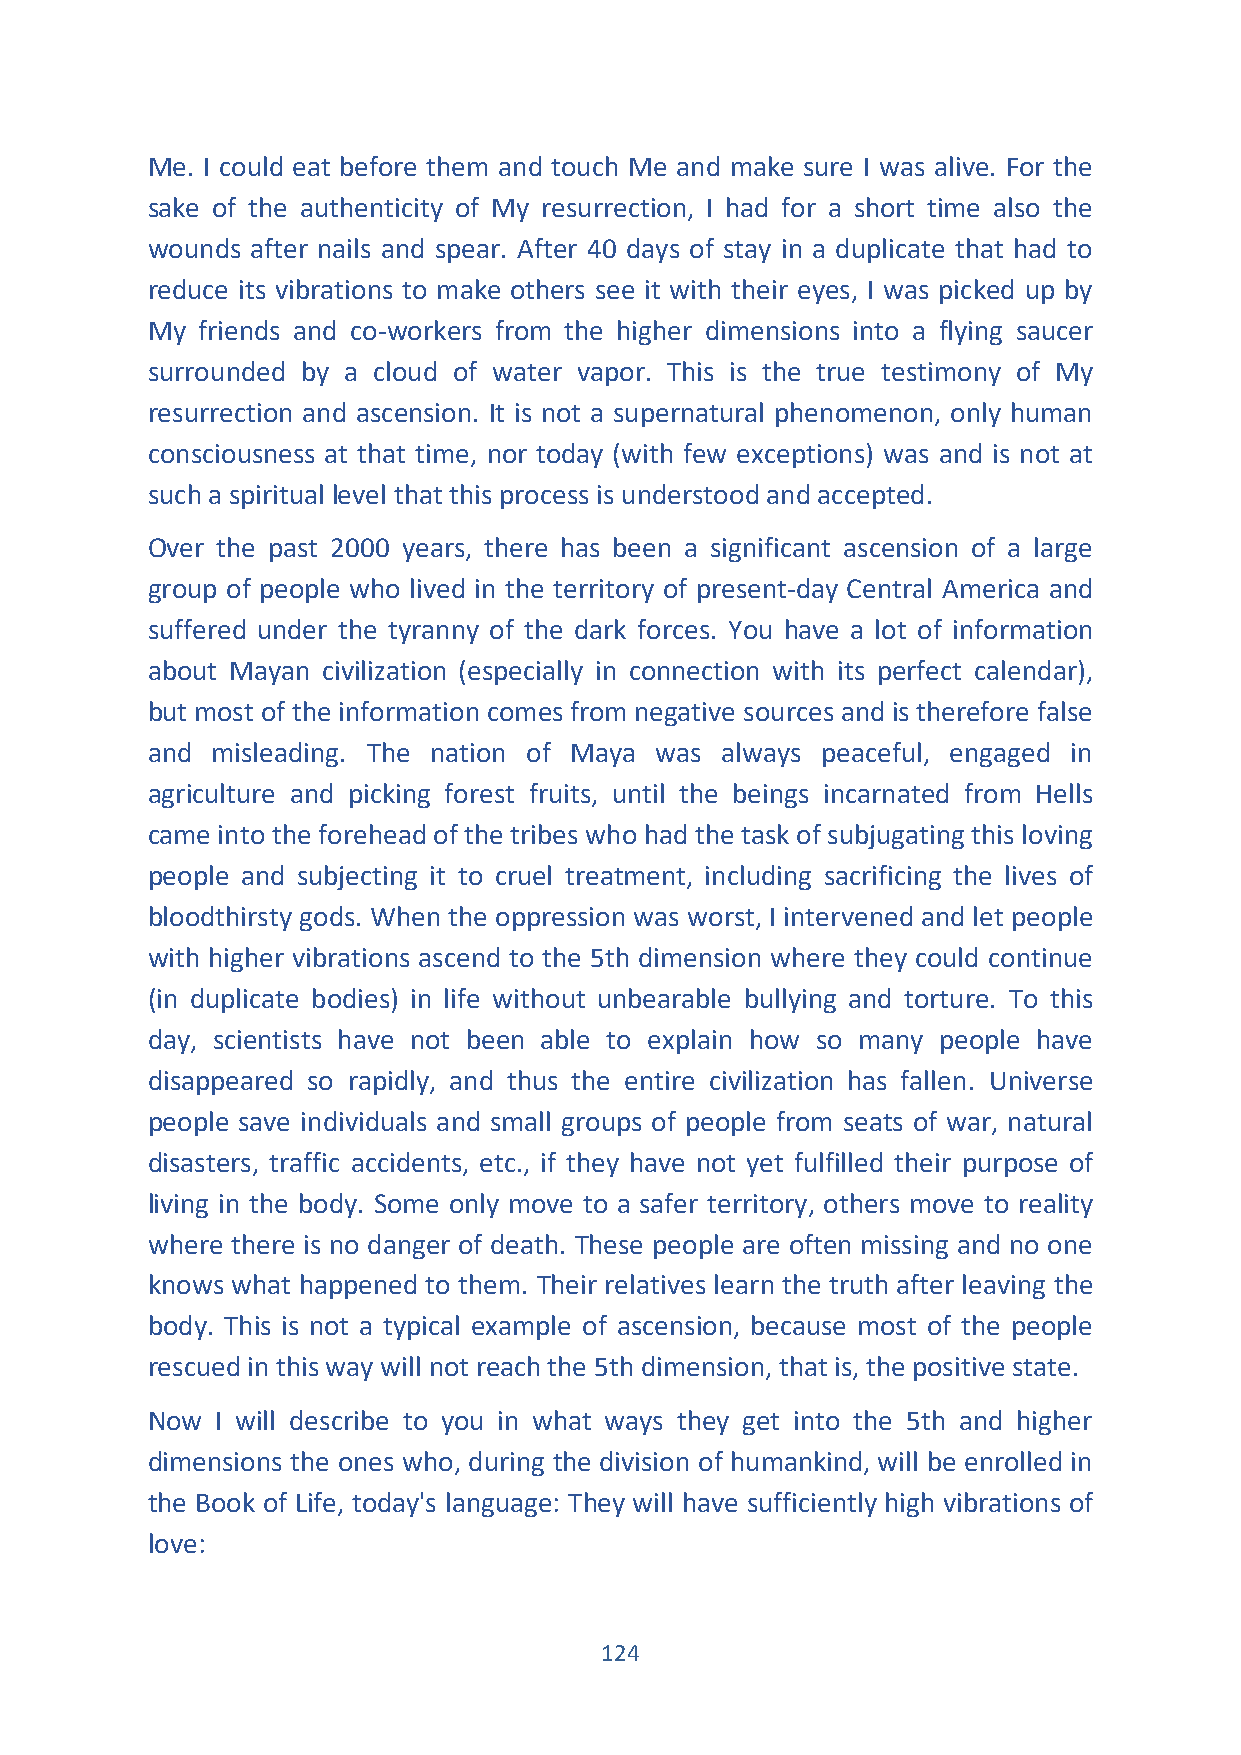
Me. I could eat before them and touch Me and make sure I was alive. For the
 sake of the authenticity of My resurrection, I had for a short time also the
 wounds after nails and spear. After 40 days of stay in a duplicate that had to
 reduce its vibrations to make others see it with their eyes, I was picked up by
 My friends and co-workers from the higher dimensions into a flying saucer
 surrounded by a cloud of water vapor. This is the true testimony of My
 resurrection and ascension. It is not a supernatural phenomenon, only human
 consciousness at that time, nor today (with few exceptions) was and is not at
 such a spiritual level that this process is understood and accepted.
 Over the past 2000 years, there has been a significant ascension of a large
 group of people who lived in the territory of present-day Central America and
 suffered under the tyranny of the dark forces. You have a lot of information
 about Mayan civilization (especially in connection with its perfect calendar),
 but most of the information comes from negative sources and is therefore false
 and misleading. The nation of Maya was always peaceful, engaged in
 agriculture and picking forest fruits, until the beings incarnated from Hells
 came into the forehead of the tribes who had the task of subjugating this loving
 people and subjecting it to cruel treatment, including sacrificing the lives of
 bloodthirsty gods. When the oppression was worst, I intervened and let people
 with higher vibrations ascend to the 5th dimension where they could continue
 (in duplicate bodies) in life without unbearable bullying and torture. To this
 day, scientists have not been able to explain how so many people have
 disappeared so rapidly, and thus the entire civilization has fallen. Universe
 people save individuals and small groups of people from seats of war, natural
 disasters, traffic accidents, etc., if they have not yet fulfilled their purpose of
 living in the body. Some only move to a safer territory, others move to reality
 where there is no danger of death. These people are often missing and no one
 knows what happened to them. Their relatives learn the truth after leaving the
 body. This is not a typical example of ascension, because most of the people
 rescued in this way will not reach the 5th dimension, that is, the positive state.
 Now I will describe to you in what ways they get into the 5th and higher
 dimensions the ones who, during the division of humankind, will be enrolled in
 the Book of Life, today's language: They will have sufficiently high vibrations of
 love:
 124